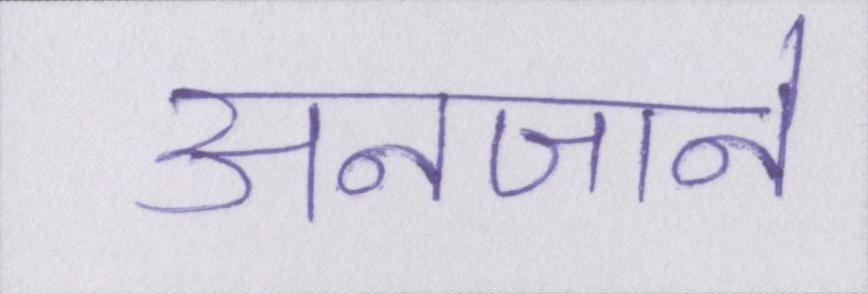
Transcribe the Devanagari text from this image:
अनजाने